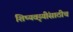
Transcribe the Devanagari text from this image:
शिष्यवृय्यींसाठीच